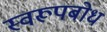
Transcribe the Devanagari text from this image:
स्वरूपबोध